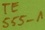
Text: TE 555-1